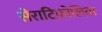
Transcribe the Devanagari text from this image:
सेराटिफ़ोलिया